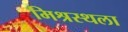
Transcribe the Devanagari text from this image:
मिश्रस्थला